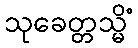
သုခေတ္တသ္မိံ